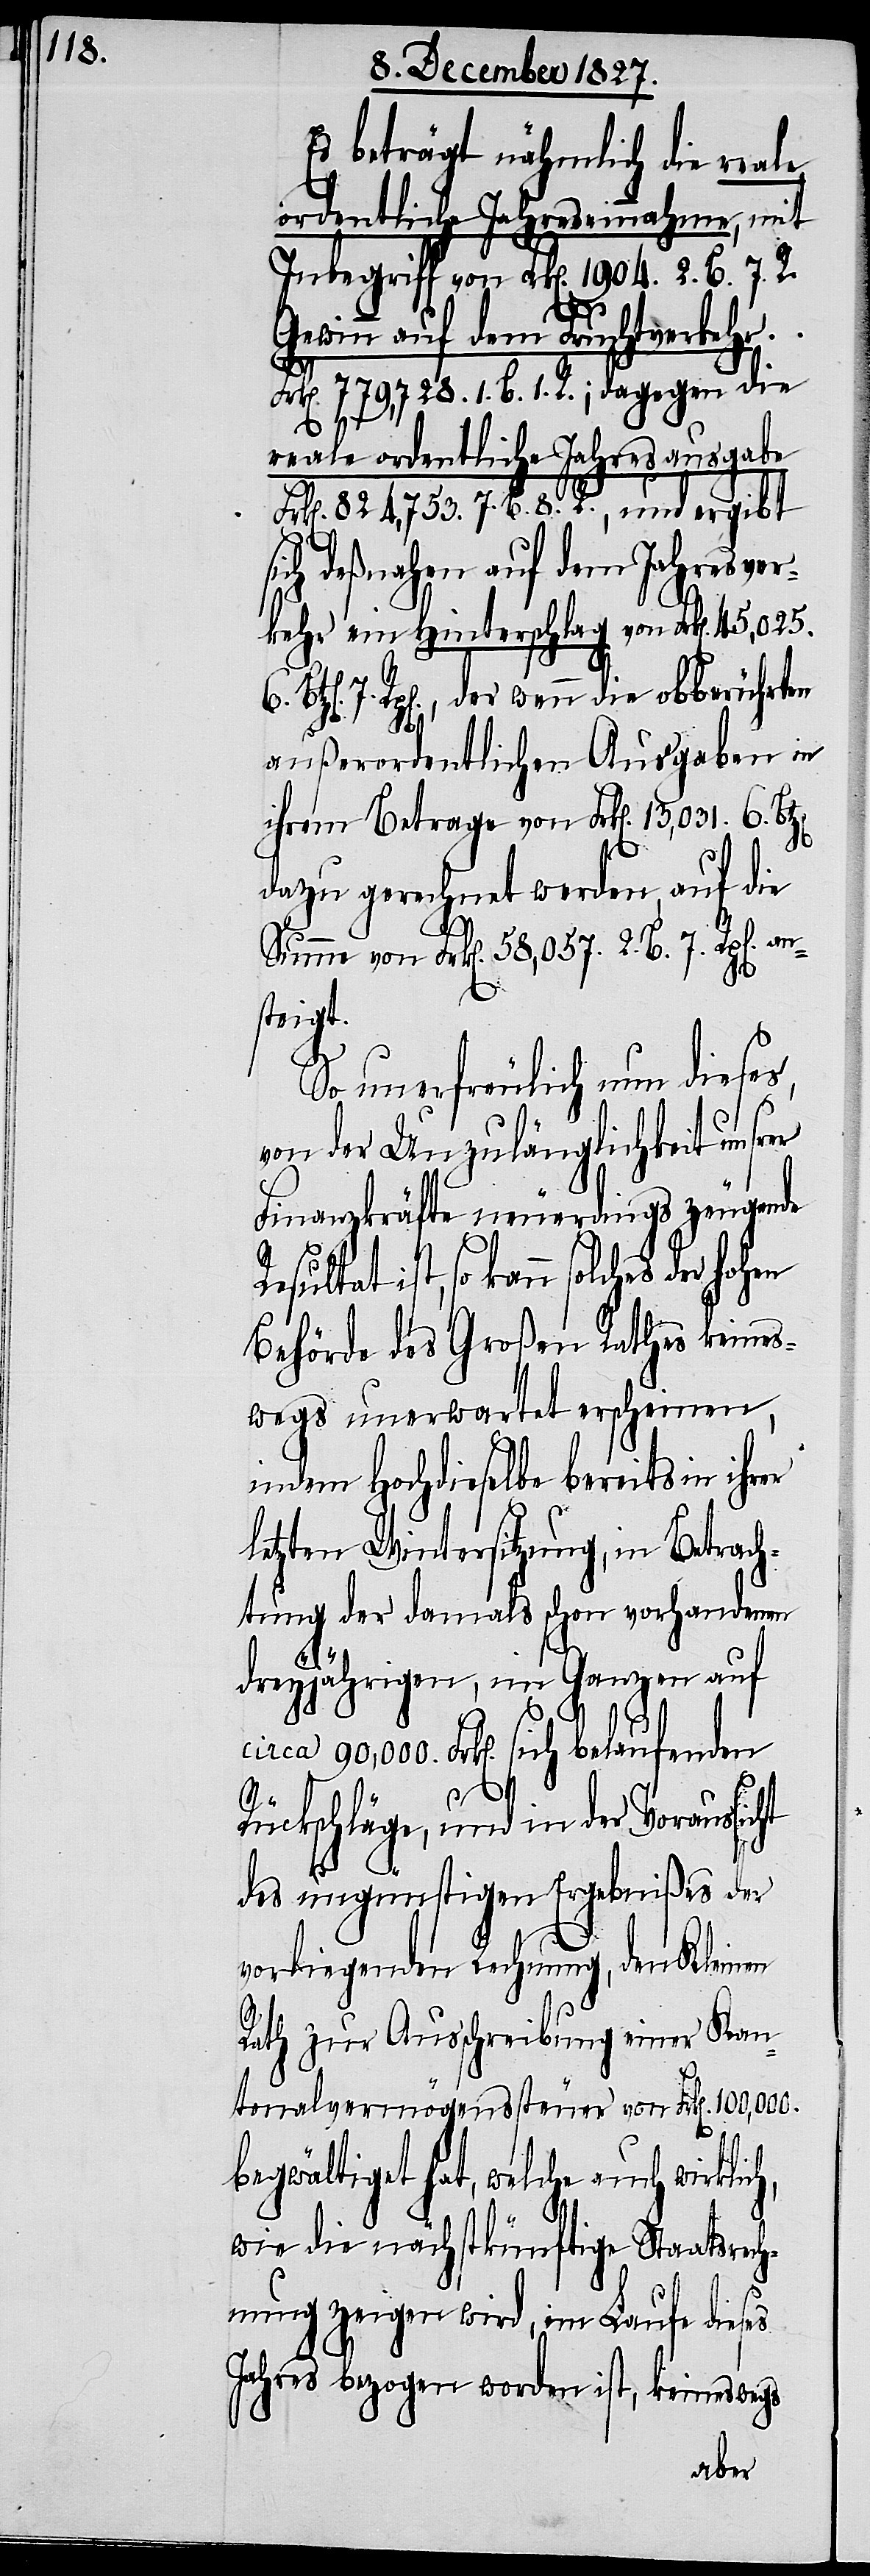
Es beträgt nähmlich die reale
ordentliche Jahreseinnahme, mit
Inbegriff von Frk[en]. 1904. 2. B. 7. R.
Gewinn auf dem Fruchtverkehr
k[en]. 779,728. 1. B. 1. R.; dagegen die
6.
reale ordentliche Jahresausgabe
k[en]. 824,753. 7. B. 8. R., und ergibt
deßnahen auf dem Jahresver¬
kehr ein Hinterschlag von Frk[en]. 45,025.
7. Rpp[en]., der wenn die obberührten
außerordentlichen Ausgaben in
ihrem Betrage von Frk[en]. 13,031. 6.
dazu gerechnet werden, auf die
Summe von Frk[en]. 58,057. 2. B. 7. Rpp[e¬
steigt.
ch,
So unerfreulich nun dieses,
von der Unzulänglichkeit unsrer
Finanzkräfte neuerdings zeugende
solches der hohen
Behörde des Großen Rathes keines¬
wegs unerwartet erscheinen,
indem Hochdieselbe bereits in ihrer
letzten Wintersitzung, in Betrach¬
tung der damals schon vorhandenen
dreyjährigen, im Ganzen auf
circa 90,000. Frk[en]. sich belaufenden
Rückschläge, und in der Voraussi¬
des ungünstigen Ergebnißes der
vorliegenden Rechnung, den Kleinen
Rath zur Ausschreibung einer Kan¬
tonalvermögenssteuer von Frk[en]. 100,000.
begwältigt hat, welche auch wirkli¬
wie die nächstkünftige Staatsrec¬
hnung zeigen wird, im Laufe dieses
Jahres bezogen worden ist, keineswegs